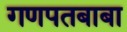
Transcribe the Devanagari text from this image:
गणपतबाबा